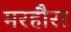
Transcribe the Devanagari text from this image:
मरहौरा